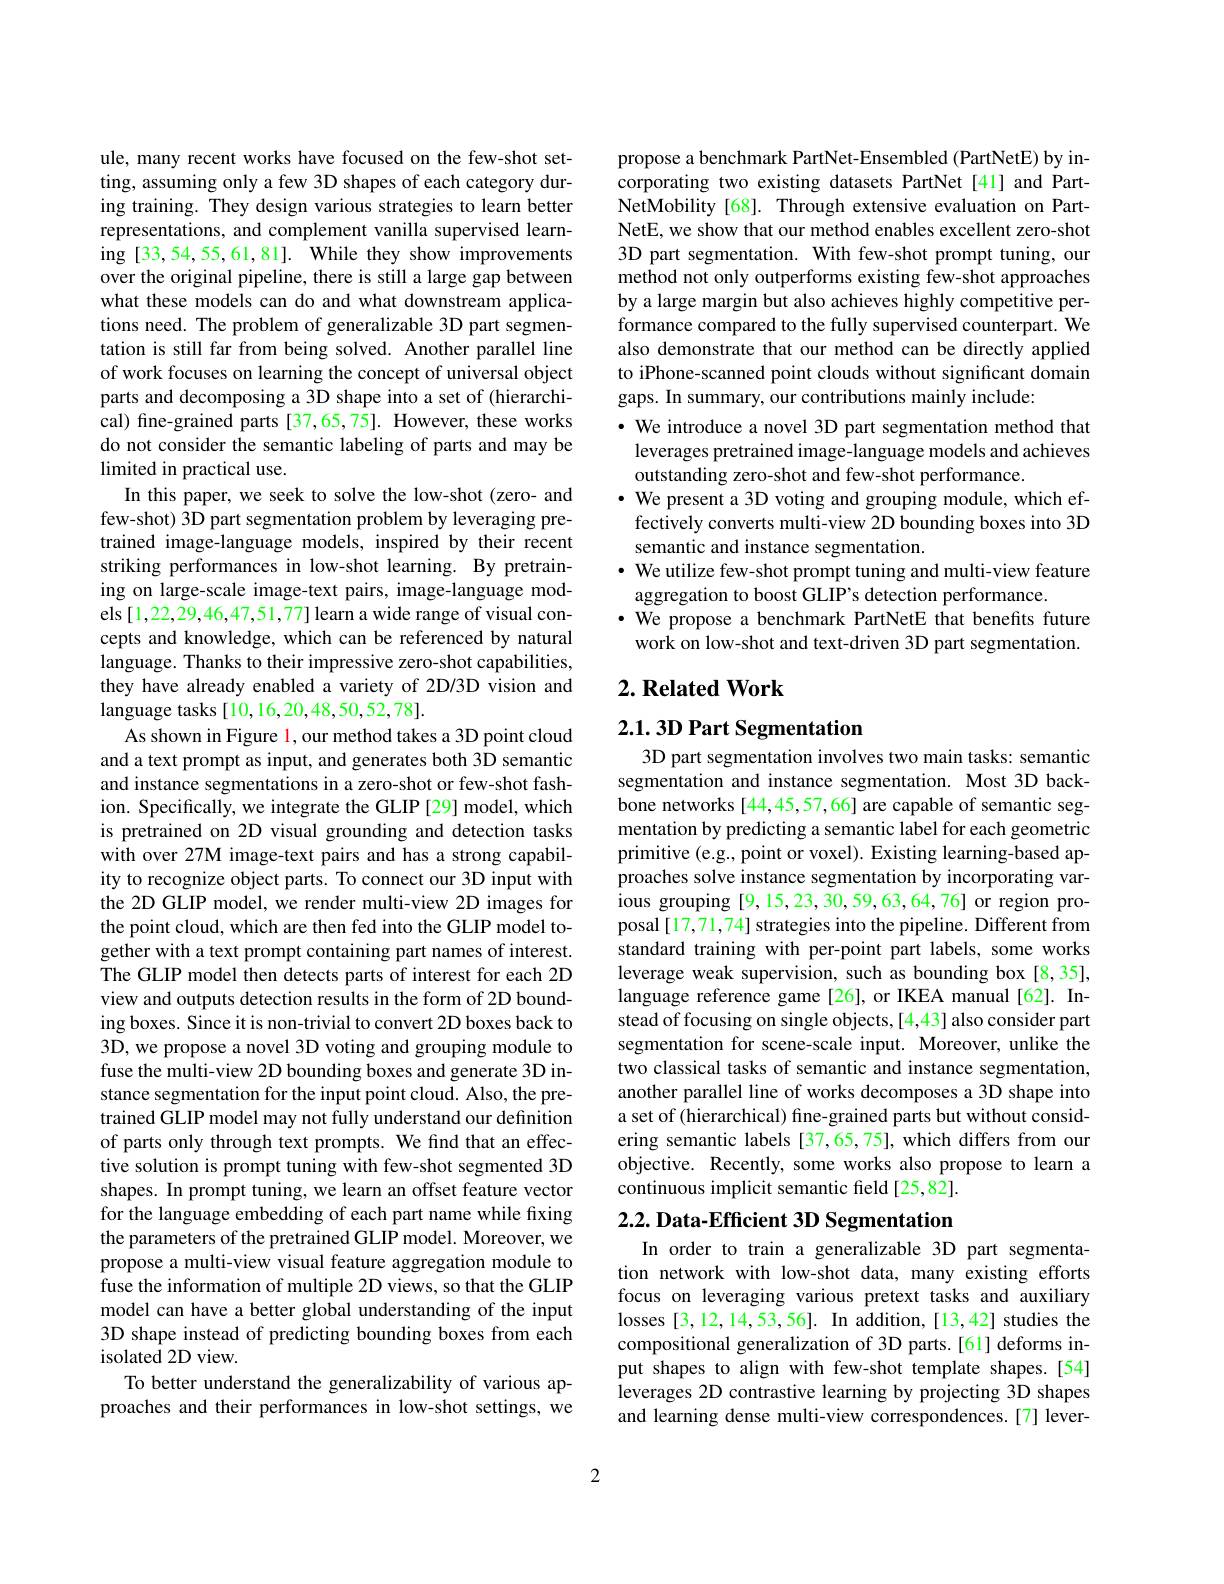
ule, many recent works have focused on the few-shot setting, assuming only a few 3D shapes of each category during training. They design various strategies to learn better representations, and complement vanilla supervised learning [33,54,55,61,81]. While they show improvements over the original pipeline, there is still a large gap between what these models can do and what downstream applications need. The problem of generalizable 3D part segmentation is still far from being solved. Another parallel line of work focuses on learning the concept of universal object parts and decomposing a 3D shape into a set of (hierarchical) fine-grained parts [37,65,75]. However, these works do not consider the semantic labeling of parts and may be limited in practical use.
In this paper, we seek to solve the low-shot (zero- and few-shot) 3D part segmentation problem by leveraging pretrained image-language models, inspired by their recent striking performances in low-shot learning. By pretraining on large-scale image-text pairs, image-language models [1,22,29,46,47,51,77] learn a wide range of visual concepts and knowledge, which can be referenced by natural language. Thanks to their impressive zero-shot capabilities, they have already enabled a variety of 2D/3D vision and language tasks [10,16,20,48,50,52,78].
As shown in Figure l, our method takes a 3D point cloud and a text prompt as input, and generates both 3D semantic and instance segmentations in a zero-shot or few-shot fashion. Specifically, we integrate the GLIP[29] model, which is pretrained on 2D visual grounding and detection tasks with over 27M image-text pairs and has a strong capability to recognize object parts. To connect our 3D input with the 2D GLIP model, we render multi-view 2D images for the point cloud, which are then fed into the GLIP model together with a text prompt containing part names of interest. The GLIP model then detects parts of interest for each 2D view and outputs detection results in the form of 2D bounding boxes. Since it is non-trivial to convert 2D boxes back to 3D, we propose a novel 3D voting and grouping module to fuse the multi-view 2D bounding boxes and generate 3D instance segmentation for the input point cloud. Also, the pretrained GLIP model may not fully understand our definition of parts only through text prompts. We find that an effective solution is prompt tuning with few-shot segmented 3D shapes. In prompt tuning, we learn an offset feature vector for the language embedding of each part name while fixing the parameters of the pretrained GLIP model. Moreover, we propose a multi-view visual feature aggregation module to fuse the information of multiple 2D views, so that the GLIP model can have a better global understanding of the input 3D shape instead of predicting bounding boxes from each isolated 2D view.
To better understand the generalizability of various approaches and their performances in low-shot settings, we

propose a benchmark PartNet-Ensembled (PartNetE) by incorporating two existing datasets PartNet [41] and PartNetMobility [68]. Through extensive evaluation on PartNetE, we show that our method enables excellent zero-shot 3D part segmentation. With few-shot prompt tuning, our method not only outperforms existing few-shot approaches by a large margin but also achieves highly competitive performance compared to the fully supervised counterpart. We also demonstrate that our method can be directly applied to iPhone-scanned point clouds without significant domain gaps. In summary, our contributions mainly include:
$\cdot$ We introduce a novel 3D part segmentation method that
leverages pretrained image-language models and achieves
outstanding zero-shot and few-shot performance.
$\cdot$ We present a 3D voting and grouping module, which ef-
fectively converts multi-view 2D bounding boxes into 3D
semantic and instance segmentation.
$\cdot$ We utilize few-shot prompt tuning and multi-view feature
aggregation to boost GLIP's detection performance.
·We propose a benchmark PartNetE that benefits future
work on low-shot and text-driven 3D part segmentation.

## $2. \textbf{Related Work}$

## 2.1.3D Part Segmentation

3D part segmentation involves two main tasks: semantic segmentation and instance segmentation. Most 3D backbone networks [44,45,57,66] are capable of semantic segmentation by predicting a semantic label for each geometric primitive (e.g., point or voxel). Existing learning-based approaches solve instance segmentation by incorporating various grouping [9,15,23,30,59,63,64,76] or region proposal [17,71,74] strategies into the pipeline. Different from standard training with per-point part labels, some works leverage weak supervision, such as bounding box [8,35], language reference game[26], or IKEA manual[62]. Instead of focusing on single objects,[4,43] also consider part segmentation for scene-scale input. Moreover, unlike the two classical tasks of semantic and instance segmentation, another parallel line of works decomposes a 3D shape into a set of (hierarchical) fine-grained parts but without considering semantic labels [37,65,75], which differs from our objective. Recently, some works also propose to learn a continuous implicit semantic field [25,82].

# $2. 2. \textbf{ Data- Efficient 3D Segmentation}$

In order to train a generalizable 3D part segmentation network with low-shot data, many existing efforts focus on leveraging various pretext tasks and auxiliary losses [3,12,14,53,56]. In addition, [13,42] studies the compositional generalization of 3D parts.[61] deforms input shapes to align with few-shot template shapes.[54] leverages 2D contrastive learning by projecting 3D shapes and learning dense multi-view correspondences.[7] lever-

2